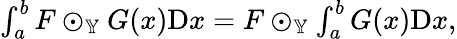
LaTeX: \begin{array}{r}{\int_{a}^{b}F\odot_{\mathbb{Y}}G(x)\mathrm{D}x=F\odot_{\mathbb{Y}}\int_{a}^{b}G(x)\mathrm{D}x,}\end{array}